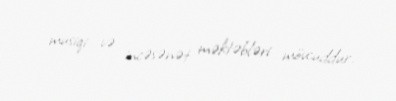
musiqi və incəsənət məktəbləri mövcuddur.